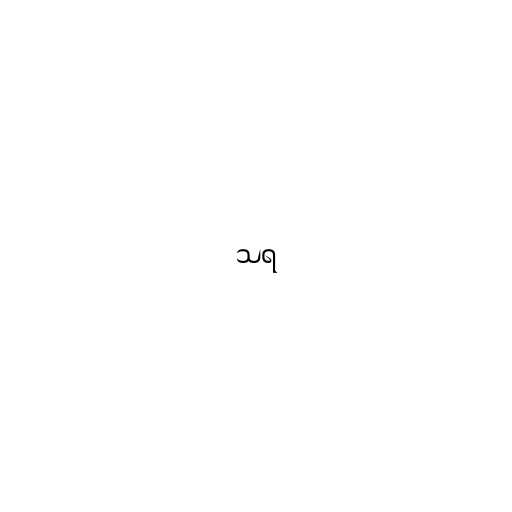
သရ